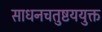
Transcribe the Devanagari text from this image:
साधनचतुष्टययुक्त